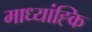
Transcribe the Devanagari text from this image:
माध्यांह्कि